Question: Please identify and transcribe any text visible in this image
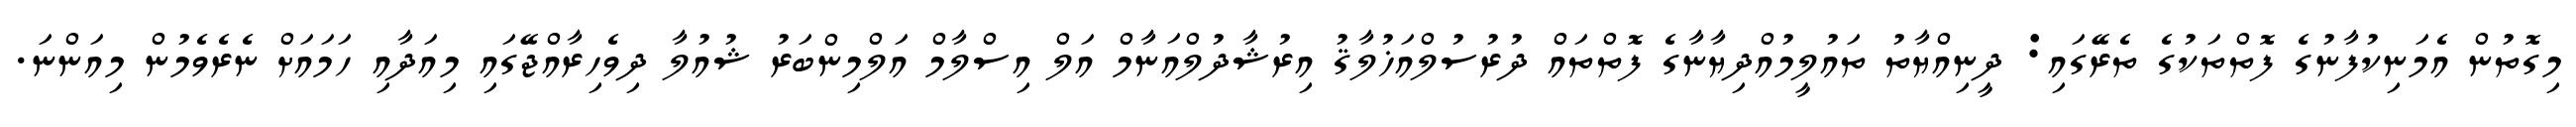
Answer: މިގޮތުން އެމަނިކުފާނުގެ ފޮތްތަކުގެ ތެރޭގައި: ދީނިއްޔާތު ތައުލީމުއްދިޔާނާގެ ފޮތްތައް ދުރުސުލްއަޚުލާޤު އިރުޝާދުލްއަނާމް އަލް އިސްލާމް އަލްމިންބަރު ޝުއުލާ ދިވެހިރާއްޖޭގައި މިއަދާއި ހަމައަށް ނެރެވެމުން މިއަންނަ.